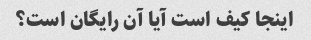
اینجا کیف است آیا آن رایگان است؟